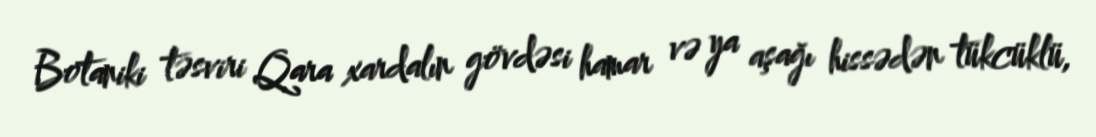
Botaniki təsviri Qara xardalın gövdəsi hamar və ya aşağı hissədən tükcüklü,